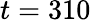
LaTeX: t=310